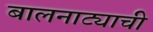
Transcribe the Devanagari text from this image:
बालनाट्याची